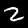
Digit: 2